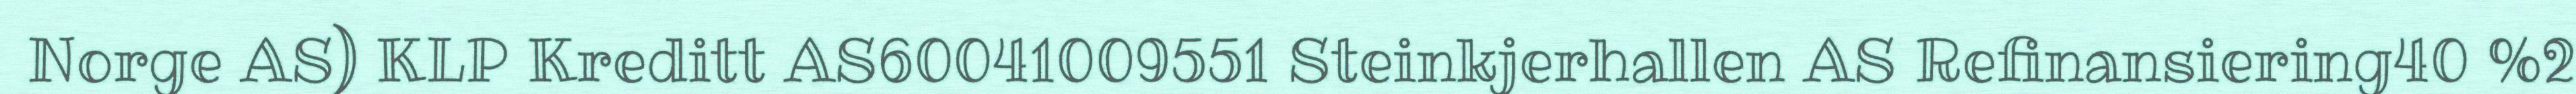
Norge AS) KLP Kreditt AS60041009551 Steinkjerhallen AS Refinansiering40 %2